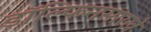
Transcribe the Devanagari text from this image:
डॉल्फिनसारखे